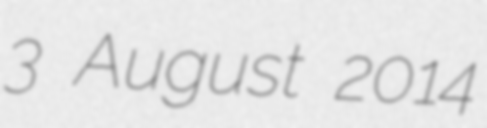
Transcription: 3 August 2014